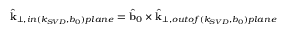
\hat { \mathbf { k } } _ { \perp , i n ( k _ { S V D } , b _ { 0 } ) p l a n e } = \hat { \mathbf { b } } _ { 0 } \times \hat { \mathbf { k } } _ { \perp , o u t o f ( k _ { S V D } , b _ { 0 } ) p l a n e }